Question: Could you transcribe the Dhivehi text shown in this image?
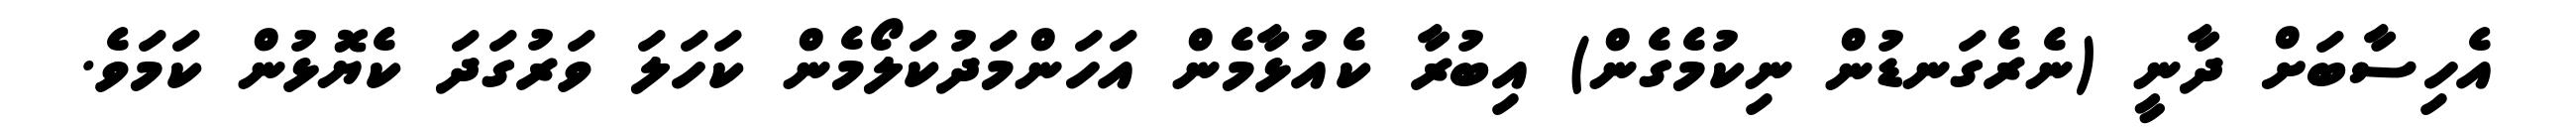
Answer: އެހިސާބަށް ދާނީ (ނެރެގަނޑުން ނިކުމެގެން) އިބުރާ ކެއުޅާމެން އަހަންމަދުކަލޯމެން ކަހަލަ ވަރުގަދަ ކެޔޮޅުން ކަމަވެ.